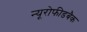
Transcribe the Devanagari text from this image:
न्यूरोफीडबैक